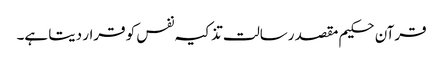
قرآن حکیم مقصد رسالت تذکیہ نفس کو قرار دیتا ہے۔